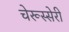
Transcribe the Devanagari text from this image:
चेरूस्सेरी